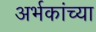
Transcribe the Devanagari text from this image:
अर्भकांच्या